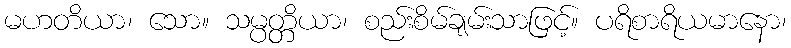
မဟတိယာ၊ သော။ သမ္ပတ္တိယာ၊ စည်းစိမ်ချမ်းသာဖြင့်။ ပရိစာရိယမာနော၊